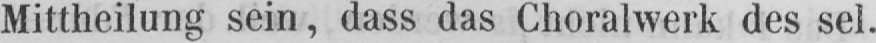
Mittheilung sein, dass das Choralwerk des sel.